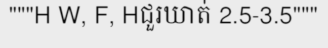
"""H W, F, Hជួរឃាត់ 2.5-3.5"""